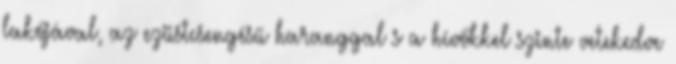
lakójával, az ezüstcsengésű haranggal s a hívőkkel szinte vetekedve